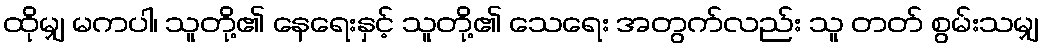
ထိုမျှ မကပါ၊ သူတို့၏ နေရေးနှင့် သူတို့၏ သေရေး အတွက်လည်း သူ တတ် စွမ်းသမျှ